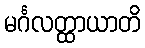
မင်္ဂလတ္ထာယာတိ